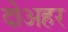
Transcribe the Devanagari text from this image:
दोअहर